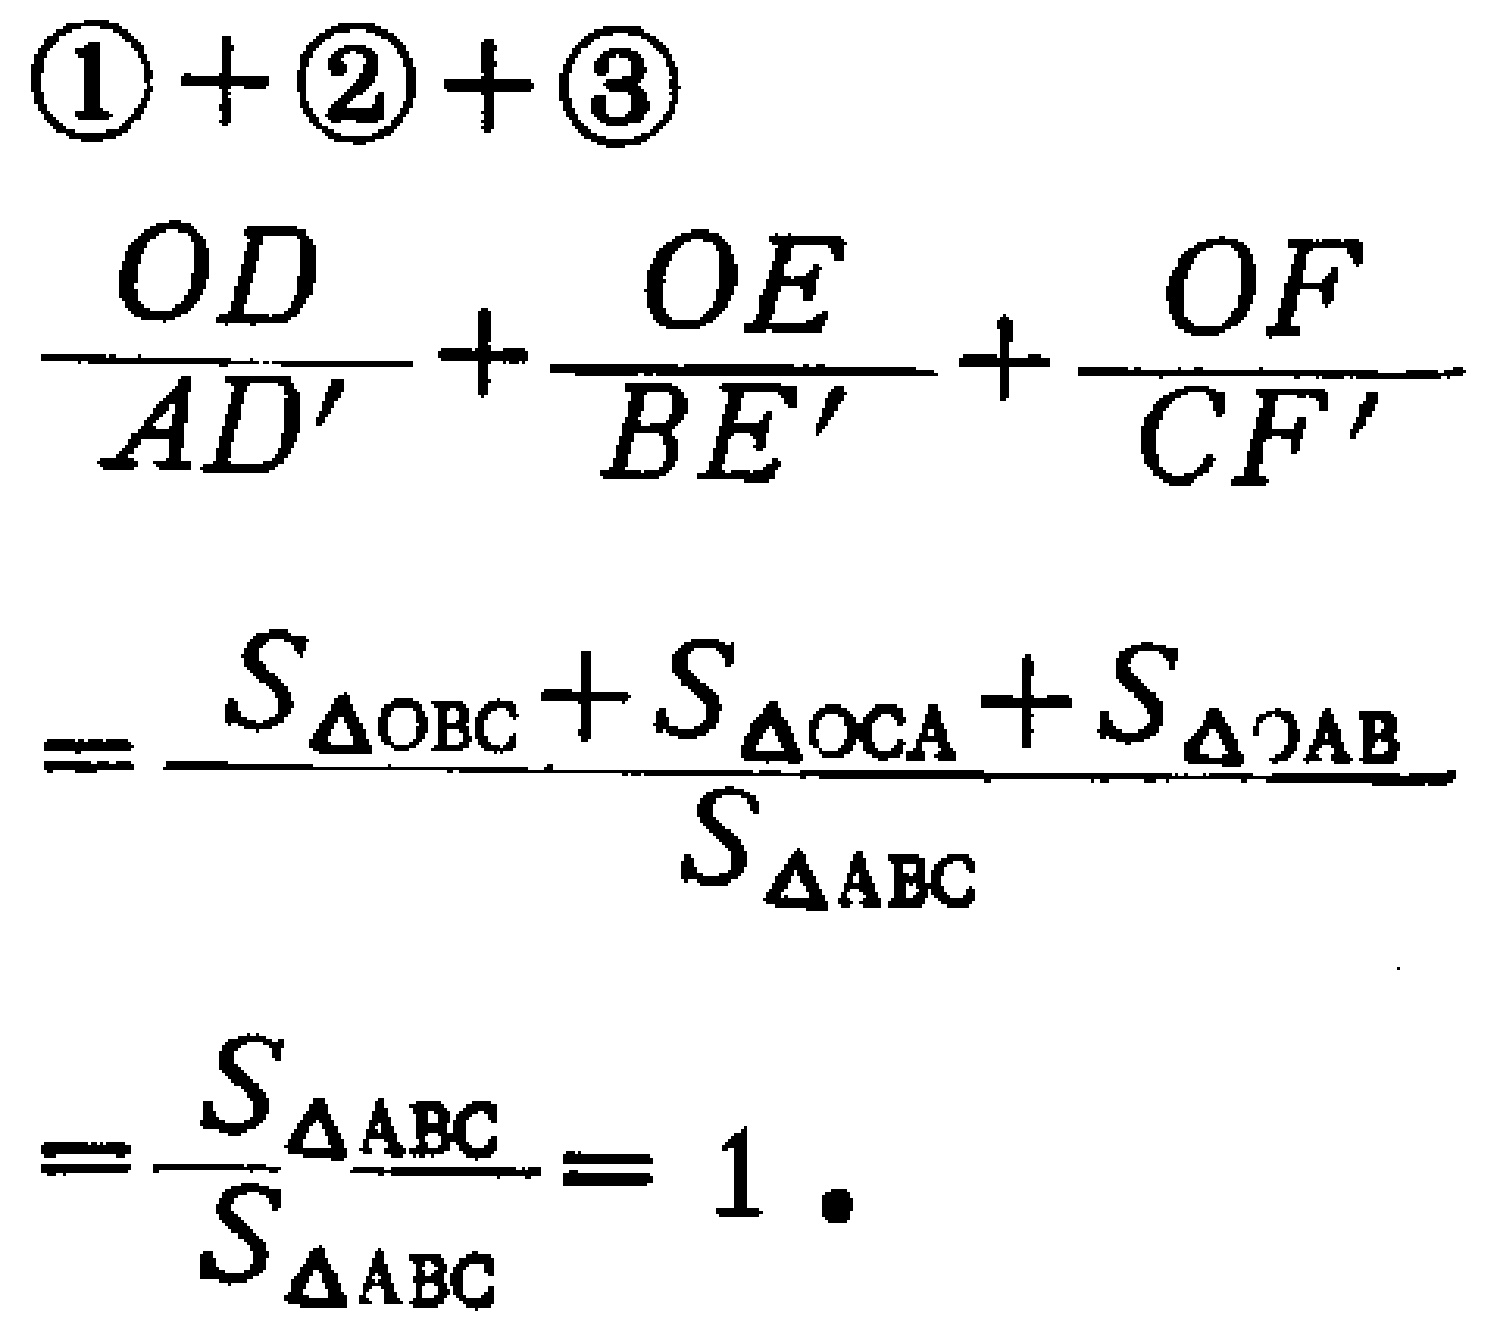
\begin{align*}
&\textcircled{1}+\textcircled{2}+\textcircled{3}\\
&\frac{OD}{AD'}+\frac{OE}{BE'}+\frac{OF}{CF'}\\
&=\frac{S_{\triangle OBC}+S_{\triangle OCA}+S_{\triangle OAB}}{S_{\triangle ABC}}\\
&=\frac{S_{\triangle ABC}}{S_{\triangle ABC}} = 1.
\end{align*}